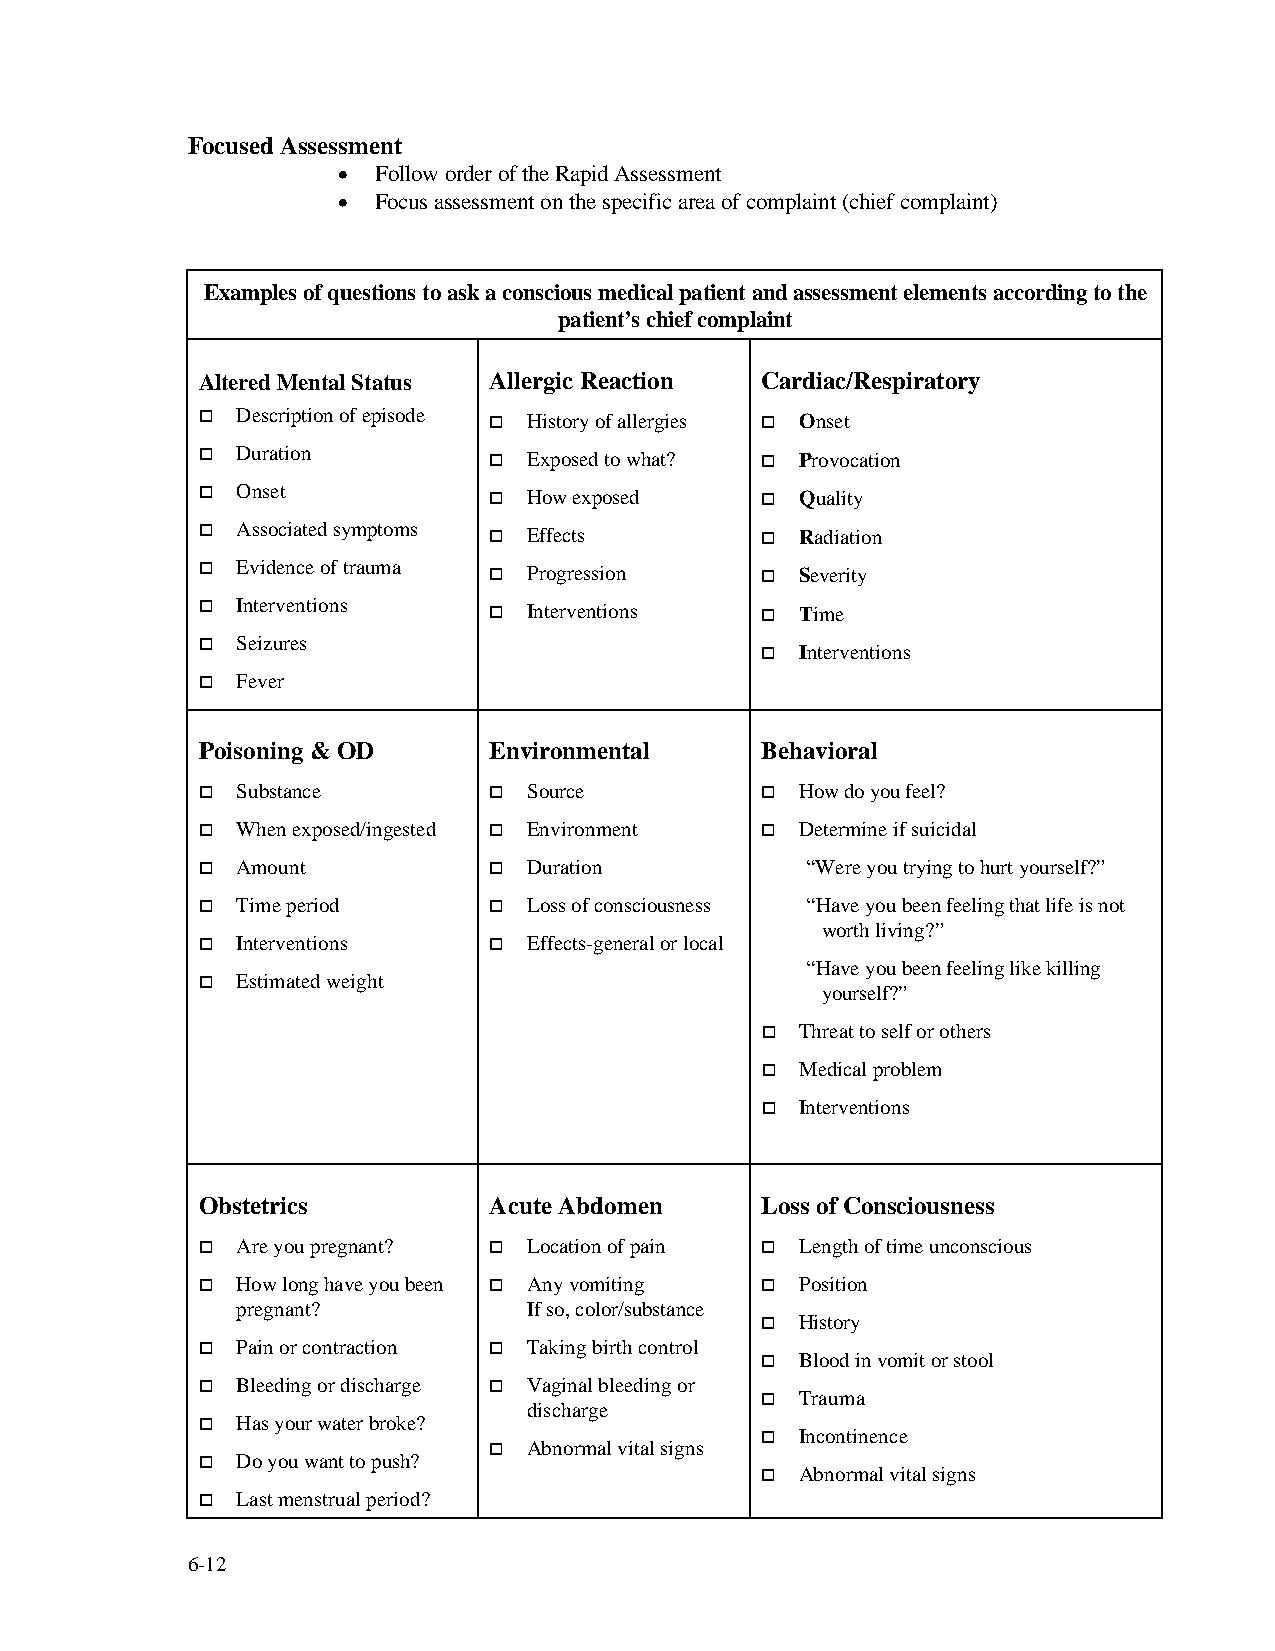
Focused Assessment
 •  Follow order of the Rapid Assessment
 •  Focus assessment on the specific area of complaint (chief complaint)
 Examples of questions to ask a conscious medical patient and assessment elements according to the
 patient’s chief complaint
 Altered Mental Status Allergic Reaction Cardiac/Respiratory
 o  Description of episode o History of allergies o Onset
 o  Duration        o  Exposed to what? o Provocation
 o  Onset           o  How exposed    o  Quality
 o  Associated symptoms o Effects     o  Radiation
 o  Evidence of trauma o Progression  o  Severity
 o  Interventions   o  Interventions  o  Time
 o  Seizures                          o  Interventions
 o  Fever
 Poisoning & OD     Environmental     Behavioral
 o  Substance       o  Source         o  How do you feel?
 o  When exposed/ingested o Environment o Determine if suicidal
 o  Amount          o  Duration          “Were you trying to hurt yourself?”
 o  Time period     o  Loss of consciousness “Have you been feeling that life is not
 worth living?”
 o  Interventions   o  Effects-general or local
 “Have you been feeling like killing
 o  Estimated weight
 yourself?”
 o  Threat to self or others
 o  Medical problem
 o  Interventions
 Obstetrics         Acute Abdomen     Loss of Consciousness
 o  Are you pregnant? o Location of pain o Length of time unconscious
 o  How long have you been o Any vomiting o Position
 pregnant?          If so, color/substance
 o  History
 o  Pain or contraction o Taking birth control
 o  Blood in vomit or stool
 o  Bleeding or discharge o Vaginal bleeding or
 o  Trauma
 discharge
 o  Has your water broke?
 o  Incontinence
 o  Abnormal vital signs
 o  Do you want to push?
 o  Abnormal vital signs
 o  Last menstrual period?
 6-12